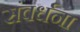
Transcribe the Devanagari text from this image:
संवर्धना